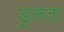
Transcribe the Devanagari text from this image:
डुलता